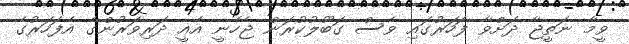
ވީމާ ނަތީޖާ ދަށްވާ ފަހަރުގައި ވެސް ގަބޫލުކުރަން ޖެހެނީ އެއީ ދަރިވަރުންގެ އެފަހަރުގެ